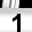
Digit: 1